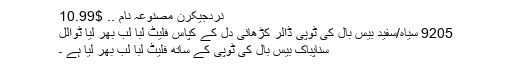
نردجیکرن مصنوعہ نام .. $10.99
9205 سیاہ/سفید بیس بال کی ٹوپی ڈالر کڑھائی دل کے کپاس فلیٹ لبا لب بھر لیا ٹوالل
سناپباک بیس بال کی ٹوپی کے ساتھ فلیٹ لبا لب بھر لیا ہے ۔